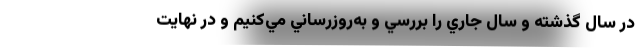
در سال گذشته و سال جاري را بررسي و به‌روزرساني مي‌كنيم و در نهايت